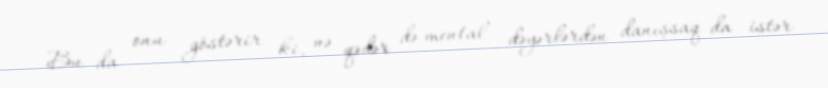
Bu da onu göstərir ki, nə qədər də mental dəyərlərdən danışsaq da istər